Report on sanitation, dispensaries, and jails in Rajputana for 1912, and on vaccination for the year 1912-1913 - 1912-1913
Year: 1912
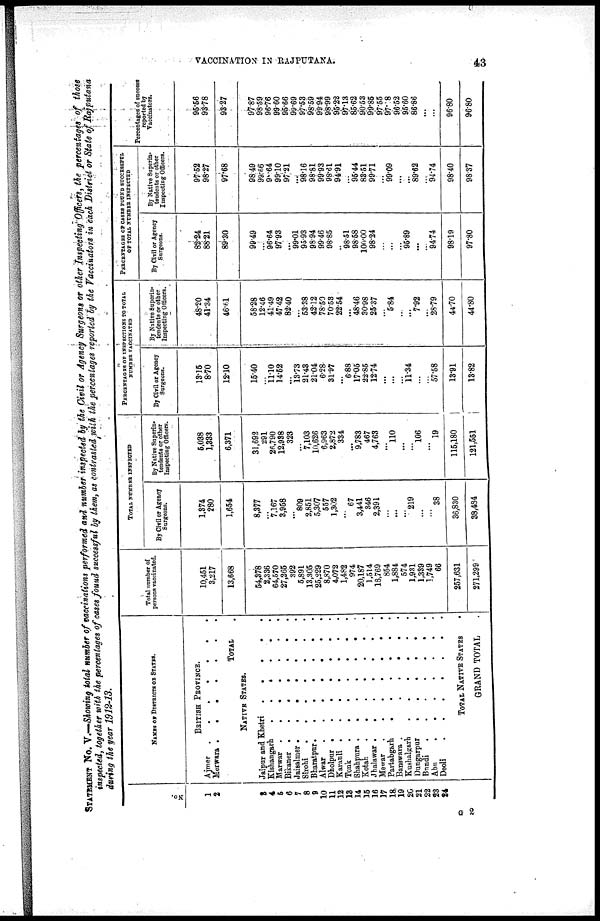
VACCINATION IN RAJPUTANA.
43
STATEMENT No. V.—Showing total number of vaccinations performed and number inspected by the Civil or Agency Surgeons or other Inspecting Officers, the percentages of those
inspected, together with the percentages of cases found successful by them, as contrasted with the percentages reported by the Vaccinators in each District or State of Rajputana
during the year 1912-13.
No.
1
2
3
4
5
6
7
8
9
10
11
12
13
14
15
16
17
18
19
20
21
22
23
24
NAME OF DISTRICTS OF STATES.
BRITISH PROVINCE.
Ajmer .
.
.
.
.
.
.
Mewara . . . . . . .
TOTAL .
NATIVE STATES.
Jaipur and Khetri
.
.
.
.
.
Kishangarh .
.
.
.
.
.
Marwar .
.
.
.
.
.
.
Bikaner .
.
.
.
.
.
.
Jaisalmer .
.
.
.
.
.
.
Sirohi
.
.
.
.
.
.
.
Bharatpur.
.
.
.
.
.
.
Alwar
.
.
.
.
.
.
.
Dholpur . .
.
.
.
.
.
Karauli .
.
.
.
.
.
.
Tonk
.
.
.
.
.
.
.
Shahpura .
.
.
.
.
.
.
Kotah
.
.
.
.
.
.
.
Jhalawar .
.
.
.
.
.
.
Mewar .
.
.
.
.
.
.
Partabgarh
.
.
.
.
.
.
Banawara .
.
.
.
.
.
Kushalgarh
.
.
.
.
.
.
Dungarpur
.
.
.
.
.
.
Bundi
.
.
.
.
.
.
.
Abu
.
.
.
.
.
.
.
Deoli
.
.
.
.
.
.
.
TOTAL NATIVE STATES .
GRAND TOTAL .
Total number of
persons vaccinated.
10,451
3,217
13,668
54,378
2,336
64,570
27,265
392
5,891
13,305
25,229
8,870
4,072
1,482
974
20,187
1,514
18,769
854
1,884
574
1,931
1,339
1,749
66
257,631
271,299
TOTAL NUMBER INSPECTED
By Civil or Agency
Surgeons.
1,374
280
1,654
8,377
...
7,167
3,958
...
809
2,851
5,307
557
1,302
...
67
3,441
346
2,391
...
...
...
219
...
...
38
36,830
38,484
By Native Superin-
tendents or other
Inspecting Officers.
5,038
1,333
6,371
31,692
291
26,790
12,938
323
...
7,103
10,626
6,963
2,872
334
...
9,783
467
4,763
...
110
...
...
106
...
19
115,180
121,551
PERCENTAGE OF INSPECTIONS TO TOTAL
NUMBER VACCINATED
By Civil or Agency
Surgeons.
13.15
8.70
12.10
15.40
...
11.10 14.52
...
13.73
21.43
21.04
6.28
31.97
...
6.88
17.05
22.85
12.74
...
...
...
11.34
...
...
57.58
13.91
13.82
By Native Superin-
tendents or other
Inspecting Officers.
48.20
41.34
46.61
58.28
12.46
41.49
47.42
82.40
...
53.38
42.12
78.50
70.53
22.54
...
48.46
30.98
25.37
...
5.84
...
...
7.92
...
28.79
44.70
44.80
PERCENTAGES OF CASES FOUND SUCCESSFUL
OF TOTAL NUMBER INSPECTED
By Civil or Agency
Surgeons.
82.24
88.21
89.30
99.49
...
96.64
97.93
...
99.01
95.93
98.94
99.46
98.85
..
98.51
98.58
100.00
98.24
...
...
95.89
...
...
94.74
98.19
97.80
By Native Superin-
tendents or other
Inspecting Officers.
97.52
98.27
97.68
98.49
99.66
99.64
99.10
97.21
...
98.16
98.81
99.93
98.61
94.91
...
95.44
83.51
99.71
...
99.09
...
...
89.62
...
94.74
98.40
98.37
Percentages of success
reported by
Vaccinators.
95.56
93.78
93.27
97.87
98.59
96.76
99.60
95.66
99.69
97.53
98.59
99.94
98.99
95.22
97.13
85.62
90.53
99.85
97.55
97.18
96.52
95.60
86.86
...
...
96.80
96.80
G 2